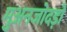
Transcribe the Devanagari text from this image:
मुअनजोदड़ो